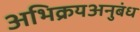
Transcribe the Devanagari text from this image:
अभिक्रयअनुबंध